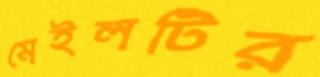
মেইলটির